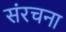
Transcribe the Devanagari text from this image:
संंरचना